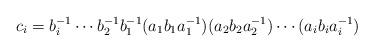
LaTeX: \begin{align*}c_i=b_i^{-1}\cdots b_2^{-1}b_1^{-1}(a_1b_1a_1^{-1})(a_2b_2a_2^{-1})\cdots (a_ib_ia_i^{-1}) \end{align*}